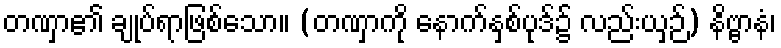
တဏှာ၏ ချုပ်ရာဖြစ်သော။ (တဏှာကို နောက်နှစ်ပုဒ်၌ လည်းယှဉ်) နိဗ္ဗာနံ၊